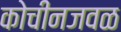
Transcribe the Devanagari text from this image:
कोचीनजवळ